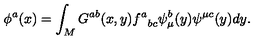
\phi ^ { a } ( x ) = \int _ { M } G ^ { a b } ( x , y ) { f ^ { a } } _ { b c } \psi _ { \mu } ^ { b } ( y ) \psi ^ { \mu c } ( y ) d y .